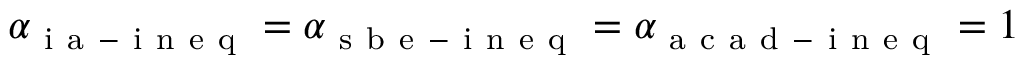
\alpha _ { \mathrm { ~ i ~ a ~ - ~ i ~ n ~ e ~ q ~ } } = \alpha _ { \mathrm { ~ s ~ b ~ e ~ - ~ i ~ n ~ e ~ q ~ } } = \alpha _ { \mathrm { ~ a ~ c ~ a ~ d ~ - ~ i ~ n ~ e ~ q ~ } } = 1